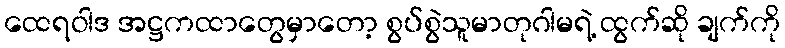
ထေရဝါဒ အဋ္ဌကထာတွေမှာတော့ စွပ်စွဲသူမာတုဂါမရဲ့ ထွက်ဆို ချက်ကို